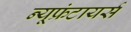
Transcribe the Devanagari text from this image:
न्यूफ्रंटायर्स